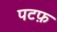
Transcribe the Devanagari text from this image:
पटफ़